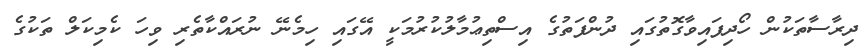
ދިރާސާތަކުން ހޯދިފައިވާގޮތުގައި ދުންފަތުގެ އިސްތިޢުމާލުކުރުމަކީ އޭގައި ހިމެނޭ ނުރައްކާތެރި ވިހަ ކެމިކަލް ތަކުގެ